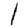
Digit: 1